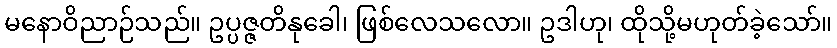
မနောဝိညာဉ်သည်။ ဥပ္ပဇ္ဇတိနုခေါ၊ ဖြစ်လေသလော။ ဥဒါဟု၊ ထိုသို့မဟုတ်ခဲ့သော်။